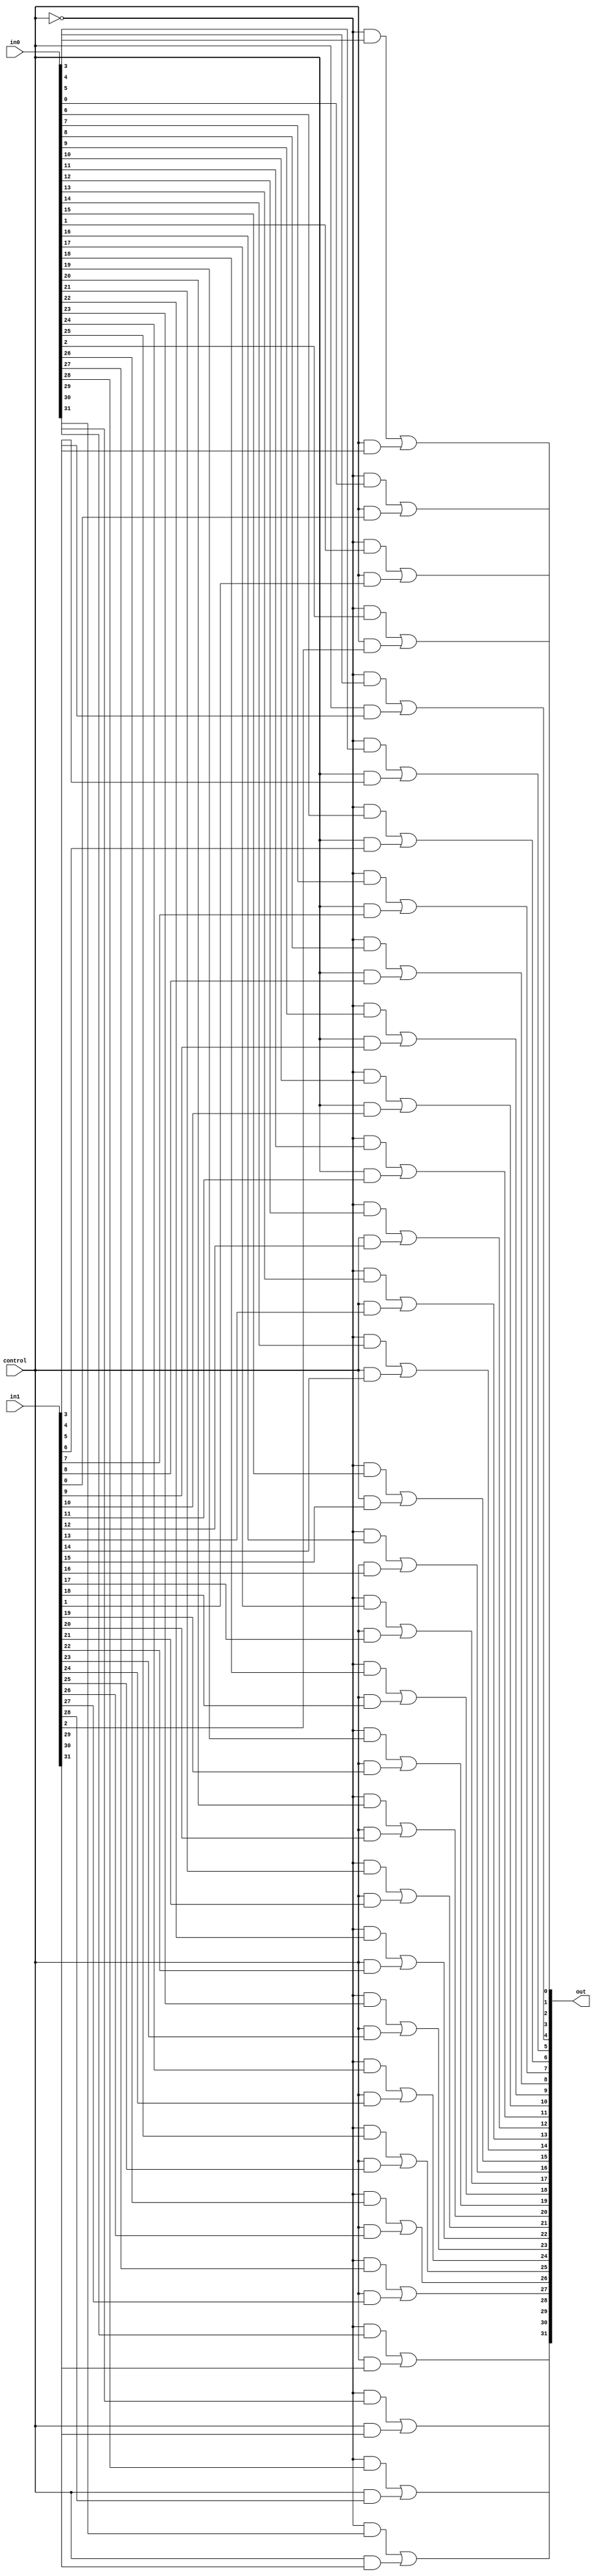
module multiplexor_2x1#(parameter BIT_WIDTH = 32)
                       (input                   control,
                        input[BIT_WIDTH - 1:0]  in0,
                        input[BIT_WIDTH - 1:0]  in1,
                        output[BIT_WIDTH - 1:0] out);
    wire                  neg_control;
    wire[BIT_WIDTH - 1:0] out0;
    wire[BIT_WIDTH - 1:0] out1;
    genvar                i;
    not (neg_control, control);
    generate
        for (i = 0; i < 32; i = i + 1)
        begin : mux_bit
            and (out0[i], neg_control, in0[i]);
            and (out1[i], control, in1[i]);
            or (out[i], out0[i], out1[i]);
        end
    endgenerate
endmodule